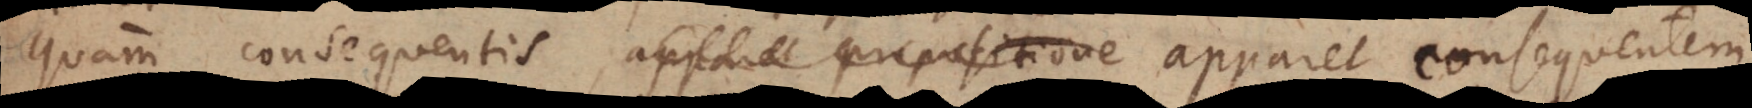
quam consequentis, apparet propositione apparet consequentem